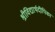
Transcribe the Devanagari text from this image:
श्रीविद्यार्थदीपिका